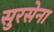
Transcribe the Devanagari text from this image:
सुरसेना